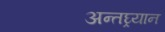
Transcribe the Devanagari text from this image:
अन्तघ्र्यान